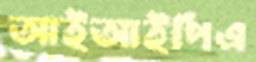
আইআইপিএ